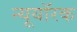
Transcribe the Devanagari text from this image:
न्यूयॉरक